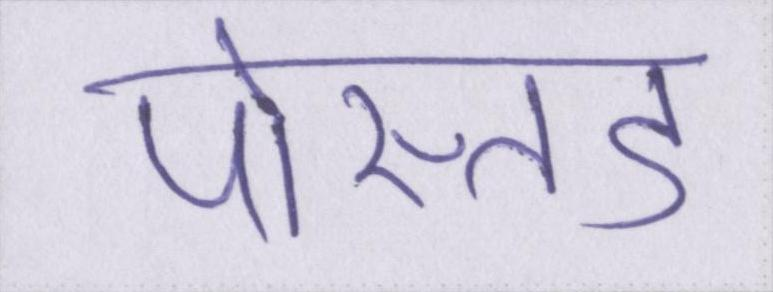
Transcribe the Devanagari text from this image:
पोस्तेड